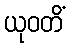
ယုဝတိံ